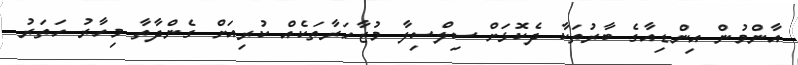
އާންމުން އިންޑިއާގެ ބާރުތަކާ ދެކޮޅަށް ސިލްސިލާ މުޒާހަރާތަކެއް ކުރިއަށް ގެންދާތާ މިހާރު ހަތަރު